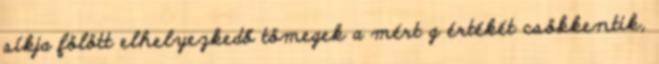
síkja fölött elhelyezkedő tömegek a mért g értékét csökkentik,